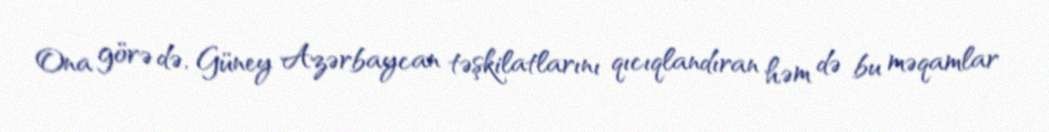
Ona görə də, Güney Azərbaycan təşkilatlarını qıcıqlandıran həm də bu məqamlar